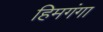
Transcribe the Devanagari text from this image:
हिमगंगा